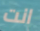
انت